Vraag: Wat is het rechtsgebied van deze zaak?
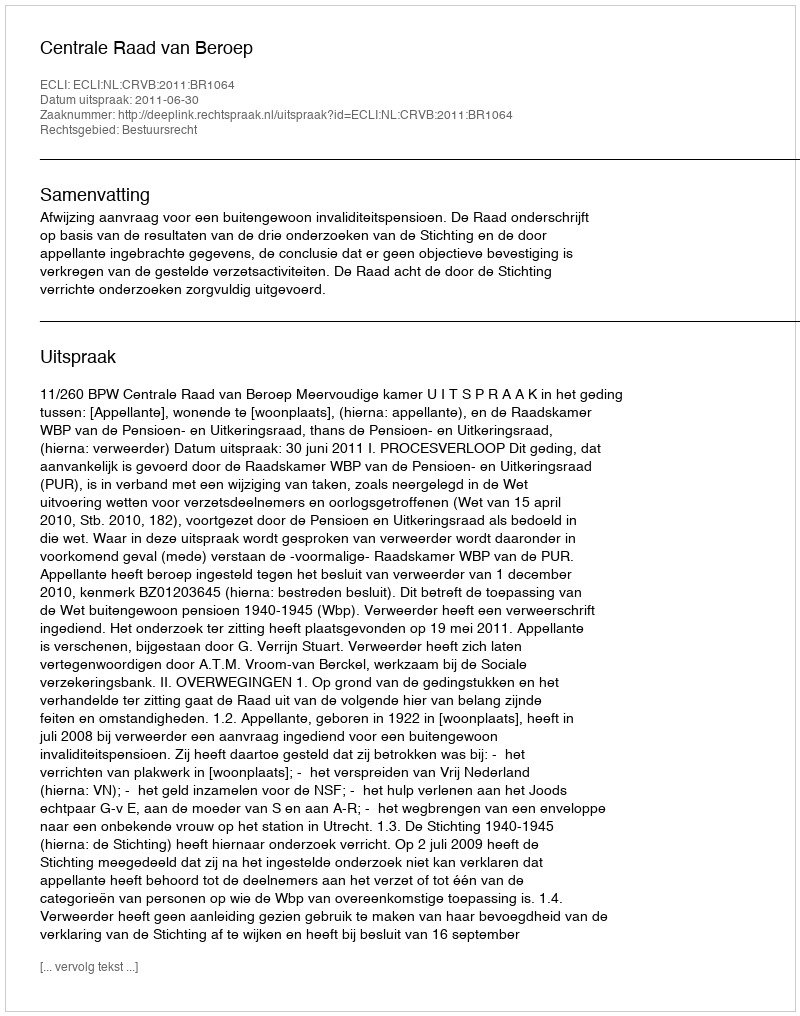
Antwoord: Bestuursrecht